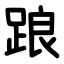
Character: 踉